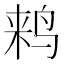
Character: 𱉵